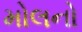
મોલનો